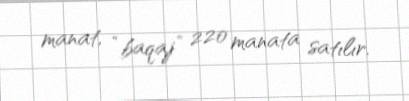
manat, “baqaj” 220 manata satılır.